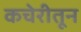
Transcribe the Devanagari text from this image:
कचेरीतून